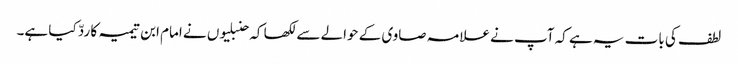
لطف کی بات یہ ہے کہ آپ نے علامہ صاوی کے حوالے سے لکھا کہ حنبلیوں نے امام ابن تیمیہ کا ردّ کیا ہے۔